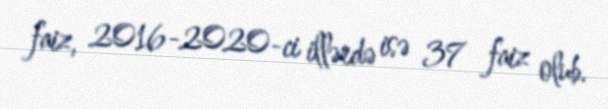
faiz, 2016-2020-ci illərdə isə 37 faiz olub.